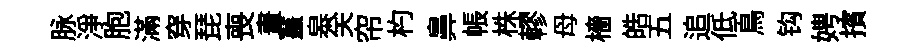
脉浄胞滿穿琵喪晝薑皋关帘杓鼻帳株轇母檣皓五追低鳥钩娉擯